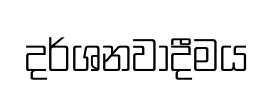
දර්ශනවාදීමය